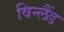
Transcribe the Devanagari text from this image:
विन्लैंड